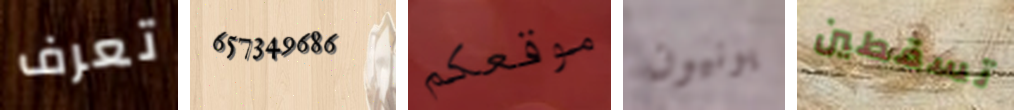
تعرف 657349686 موقعكم يونيون تسقطين